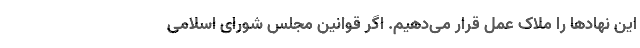
این نهادها را ملاک عمل قرار می‌دهیم. اگر قوانین مجلس شورای اسلامی